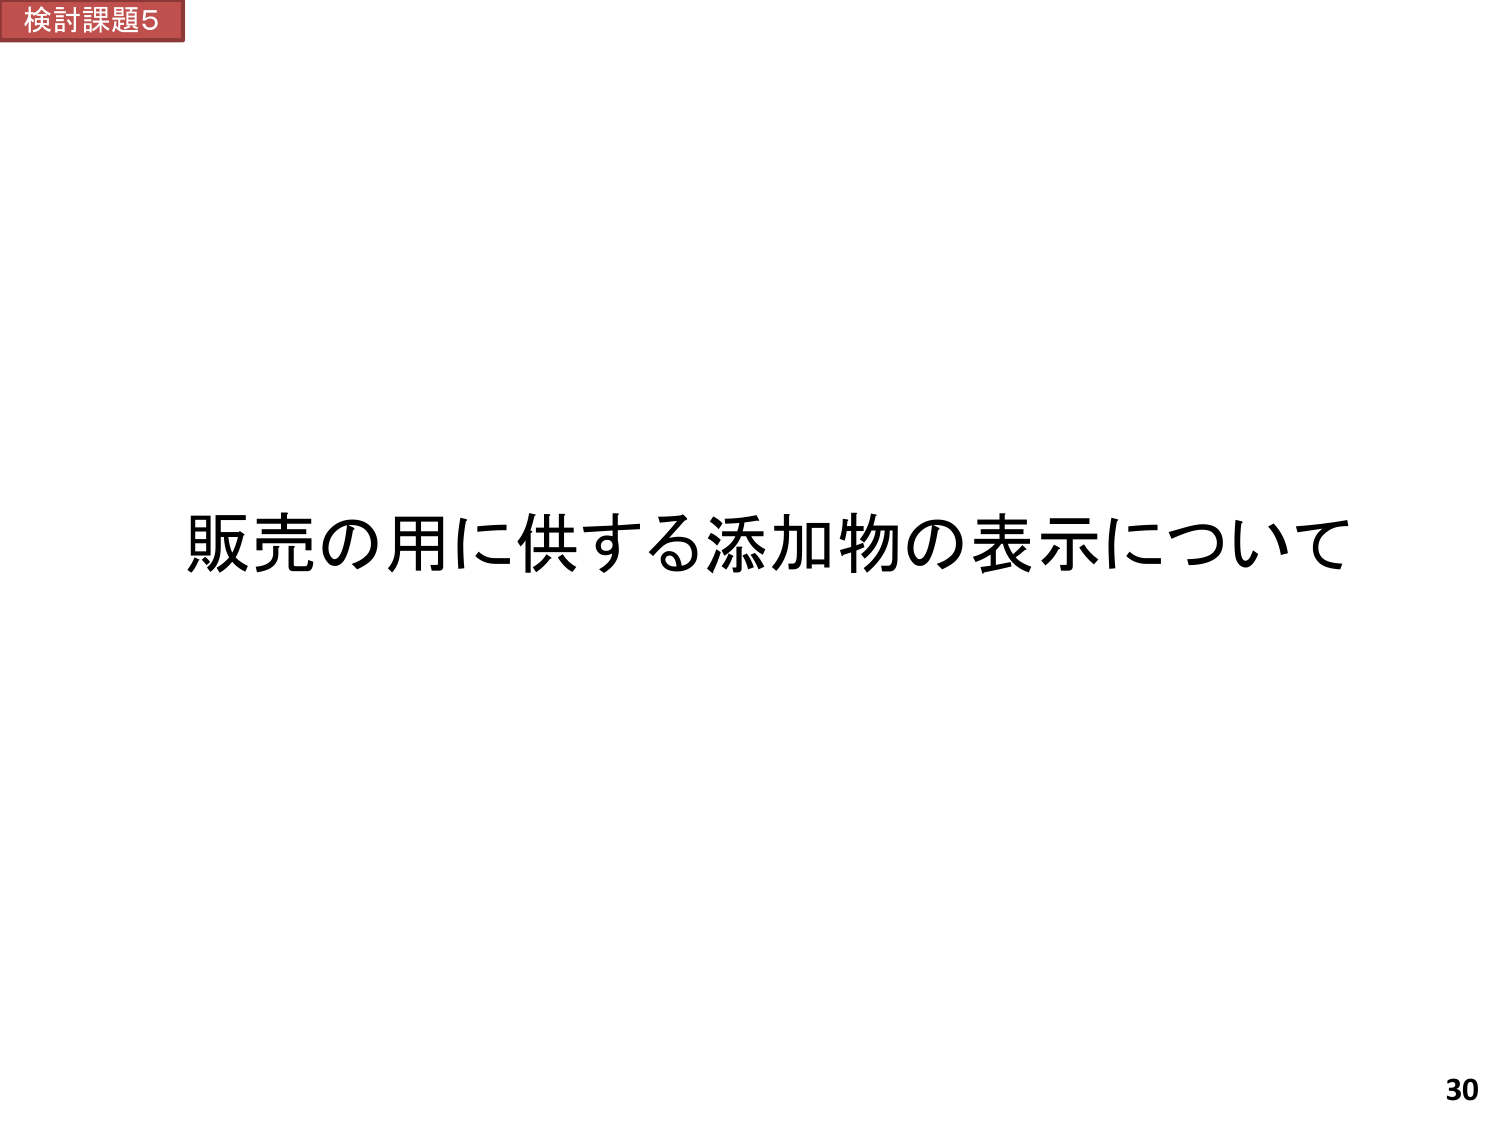
検討課題5
販売の用に供する添加物の表示について
30